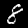
Label: 8